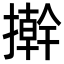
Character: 擀